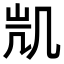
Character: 𭂲